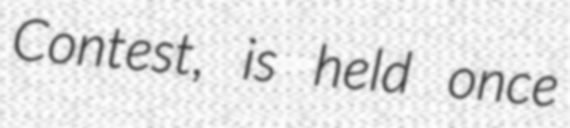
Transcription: Contest, is held once